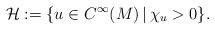
LaTeX: \begin{align*}\mathcal{H} := \{u \in C^\infty(M) \,|\, \chi_u > 0\}.\end{align*}